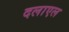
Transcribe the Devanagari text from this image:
दलाएल